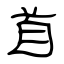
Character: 首